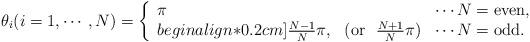
LaTeX: \begin{align*}\theta_i (i=1,\cdots, N)=\left\{\begin{array}{lcl} \pi & & \cdots N={\rm even}, \\begin{align*}0.2cm]{{N-1}\over N}\pi, & ({\rm or}~~{{N+1}\over N}\pi) &\cdots N={\rm odd}.\end{array}\right.\end{align*}